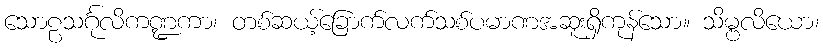
သောဠသင်္ဂုလိကဏ္ဍကာ၊ တစ်ဆယ့်ခြောက်လက်သစ်ပမာဏအဆူးရှိကုန်သော။ သိမ္ဗလိယော၊